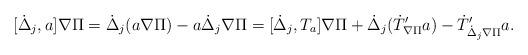
LaTeX: \begin{align*}[\dot{\Delta}_j,a]\nabla\Pi=\dot{\Delta}_j(a\nabla\Pi)-a\dot{\Delta}_j\nabla\Pi=[\dot{\Delta}_j,T_a]\nabla\Pi+\dot{\Delta}_j(\dot{T}'_{\nabla\Pi}a)-\dot{T}'_{\dot{\Delta}_j\nabla\Pi}a.\end{align*}